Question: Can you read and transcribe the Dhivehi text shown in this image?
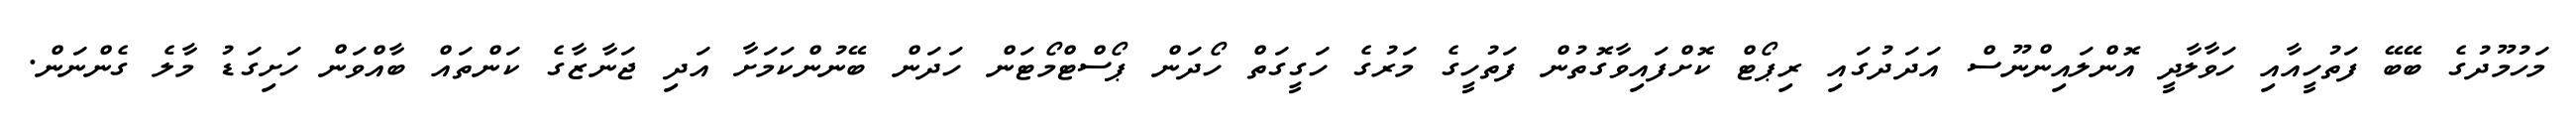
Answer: މަހުމޫދުގެ ބޭބޭ ފަތުހީއާއި ހަވާލާދީ އޮންލައިންނޫސް އަދަދުގައި ރިޕޯޓް ކޮށްފައިވާގޮތުން ފަތުހީގެ މަރުގެ ހަގީގަތް ހޯދަން ޕޯސްޓްމޯޓަން ހަދަން ބޭނުންކަމަށާ އަދި ޖަނާޒާގެ ކަންތައް ބާއްވަން ހަށިގަޑު މާލެ ގެންނަން.